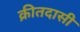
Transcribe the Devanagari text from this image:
क्रीतदासी